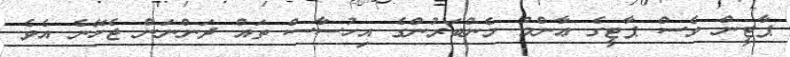
ޕާޓީން ވެސް ޕާޓީގެ ޢާންމު މެންބަރުންގެ އިހުސާސް ތައް ދަންނަން ޖެހޭނެ އެވެ.